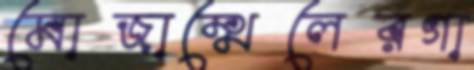
মোজাম্মেলেরগা